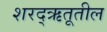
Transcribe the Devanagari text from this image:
शरद्‌ऋतूतील